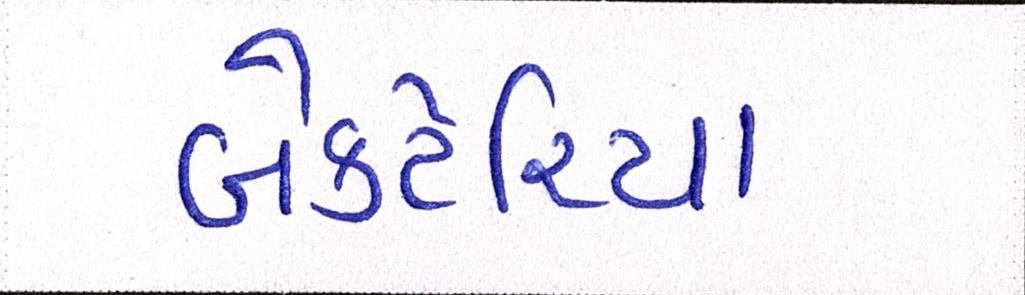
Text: બેક્ટેરિયા